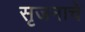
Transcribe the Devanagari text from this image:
सृजनाचे